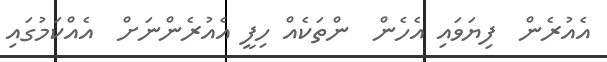
އެއުރެން  ފިޔަވައި އެހެން  ންތަކެއް ހިފީ އެއުރެންނަށް  އެއްކަމުގައި